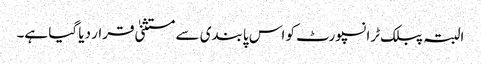
البتہ پبلک ٹرانسپورٹ کو اس پابندی سے مستثنیٰ قرار دیا گیا ہے۔